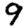
Digit: 9